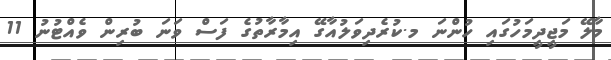
މާލޭ މަޖީދީމަހުގައި ހުންނަ މ.ކުރެދިވަލުއާގޭ އިމާރާތުގެ ފަސް ވަނަ ބުރިން ވެއްޓުނު 11